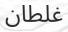
غلطان